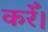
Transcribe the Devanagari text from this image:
करेँ।